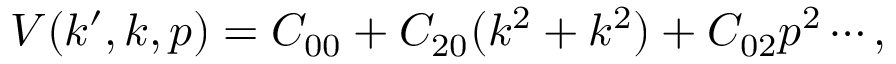
V ( k ^ { \prime } , k , p ) = C _ { 0 0 } + C _ { 2 0 } ( k ^ { 2 } + k ^ { 2 } ) + C _ { 0 2 } p ^ { 2 } \cdots ,